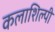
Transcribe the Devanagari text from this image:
कलाशिल्पी